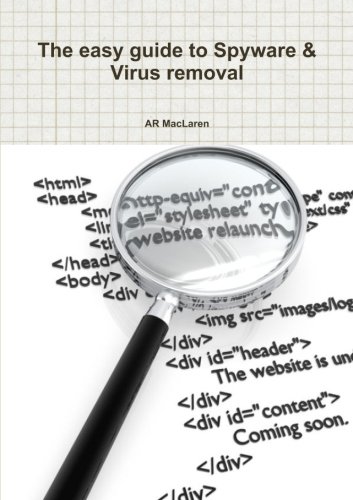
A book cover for The Easy Guide To Spyware & Virus Removal; Ar Maclaren; Computers & Technology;